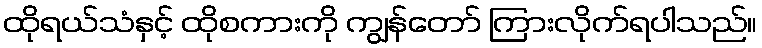
ထိုရယ်သံနှင့် ထိုစကားကို ကျွန်တော် ကြားလိုက်ရပါသည်။